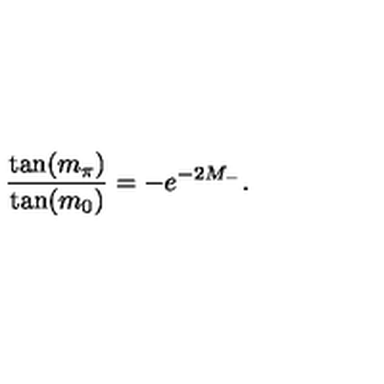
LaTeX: \frac { \tan ( m _ { \pi } ) } { \tan ( m _ { 0 } ) } = - e ^ { - 2 M _ { - } } .